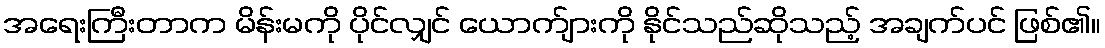
အရေးကြီးတာက မိန်းမကို ပိုင်လျှင် ယောက်ျားကို နိုင်သည်ဆိုသည့် အချက်ပင် ဖြစ်၏။